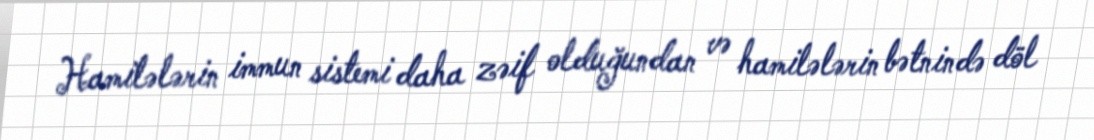
Hamilələrin immun sistemi daha zəif olduğundan və hamilələrin bətnində döl